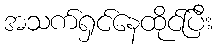
အသက်ရှင်နေထိုင်ပြီး